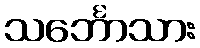
သင်္ဘောသား